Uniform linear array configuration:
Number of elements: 4
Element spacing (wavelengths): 0.5
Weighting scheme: exponential
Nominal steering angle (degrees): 60
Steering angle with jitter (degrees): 59.661
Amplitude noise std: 0.05
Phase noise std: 0.05

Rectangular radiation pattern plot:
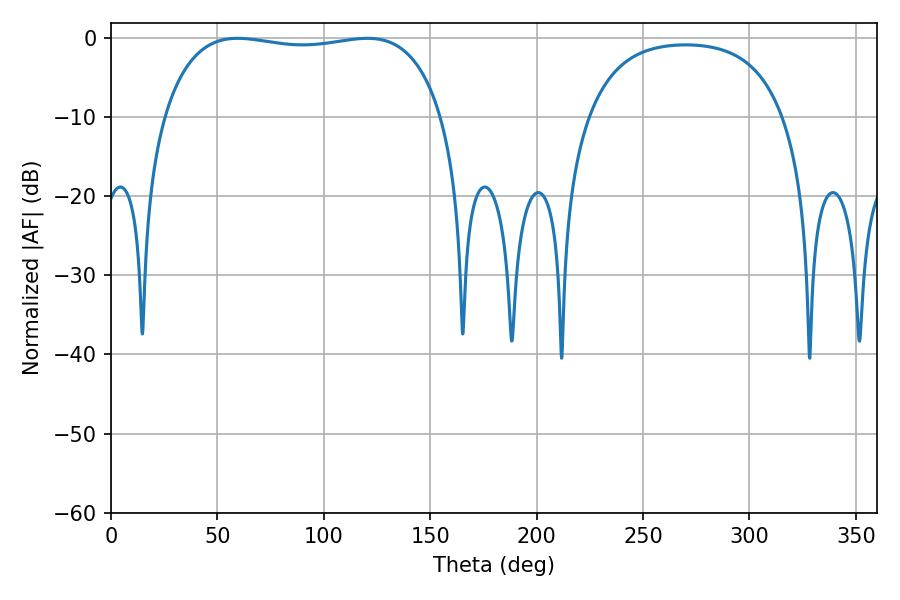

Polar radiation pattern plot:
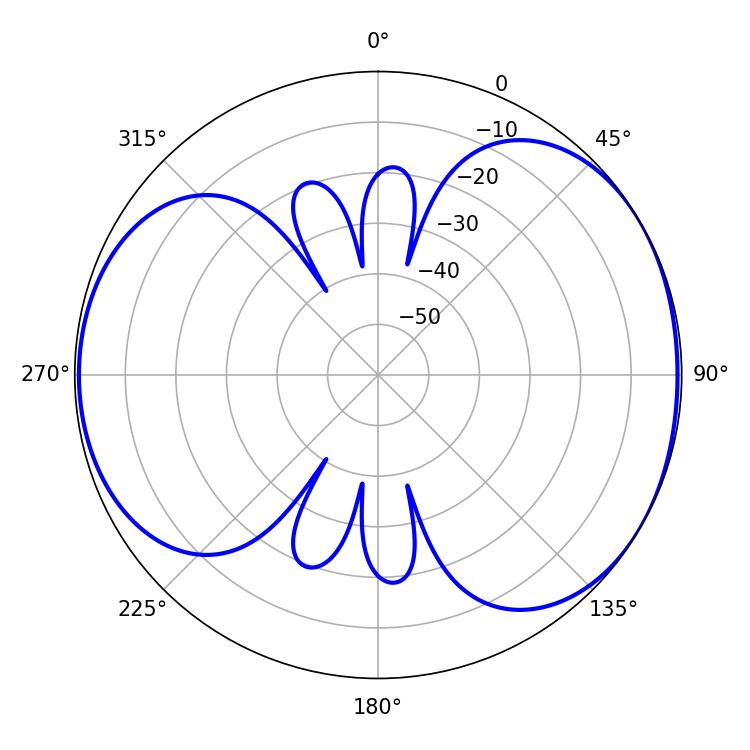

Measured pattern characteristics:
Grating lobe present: FALSE
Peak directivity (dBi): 4.978
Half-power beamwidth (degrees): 105.48
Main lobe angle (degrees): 59.58